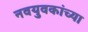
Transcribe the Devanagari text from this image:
नवयुवकांच्या